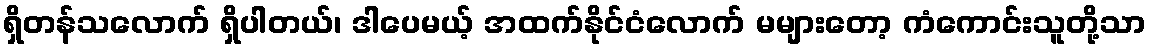
ရှိတန်သလောက် ရှိပါတယ်၊ ဒါပေမယ့် အထက်နိုင်ငံလောက် မများတော့ ကံကောင်းသူတို့သာ